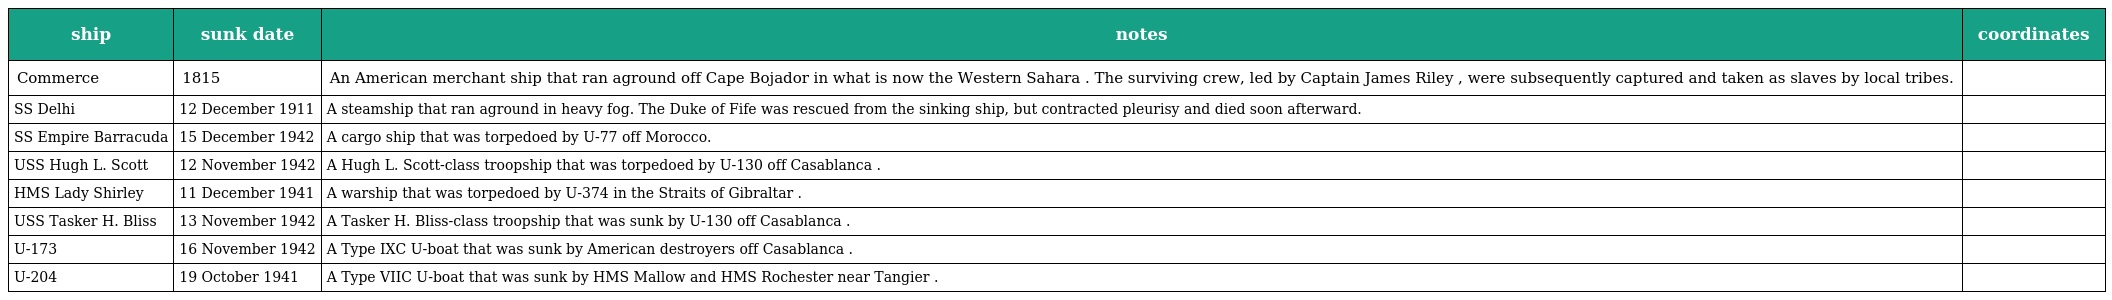
| ship | sunk date | notes | coordinates |
 | --- | --- | --- | --- |
 | Commerce | 1815 | An American merchant ship that ran aground off Cape Bojador in what is now the Western Sahara . The surviving crew, led by Captain James Riley , were subsequently captured and taken as slaves by local tribes. |  |
 | SS Delhi | 12 December 1911 | A steamship that ran aground in heavy fog. The Duke of Fife was rescued from the sinking ship, but contracted pleurisy and died soon afterward. |  |
 | SS Empire Barracuda | 15 December 1942 | A cargo ship that was torpedoed by U-77 off Morocco. |  |
 | USS Hugh L. Scott | 12 November 1942 | A Hugh L. Scott-class troopship that was torpedoed by U-130 off Casablanca . |  |
 | HMS Lady Shirley | 11 December 1941 | A warship that was torpedoed by U-374 in the Straits of Gibraltar . |  |
 | USS Tasker H. Bliss | 13 November 1942 | A Tasker H. Bliss-class troopship that was sunk by U-130 off Casablanca . |  |
 | U-173 | 16 November 1942 | A Type IXC U-boat that was sunk by American destroyers off Casablanca . |  |
 | U-204 | 19 October 1941 | A Type VIIC U-boat that was sunk by HMS Mallow and HMS Rochester near Tangier . |  |